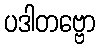
ပဒါတဗ္ဗော